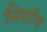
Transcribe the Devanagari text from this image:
निमाॅय